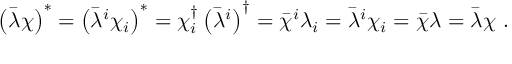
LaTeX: \left( \bar { \lambda } \chi \right) ^ { * } = \left( \bar { \lambda } ^ { i } \chi _ { i } \right) ^ { * } = \chi _ { i } ^ { \dagger } \left( \bar { \lambda } ^ { i } \right) ^ { \dagger } = \bar { \chi } ^ { i } \lambda _ { i } = \bar { \lambda } ^ { i } \chi _ { i } = \bar { \chi } \lambda = \bar { \lambda } \chi \ .